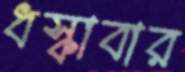
ধস্‌কাবার